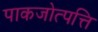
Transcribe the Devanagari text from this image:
पाकजोत्पत्ति